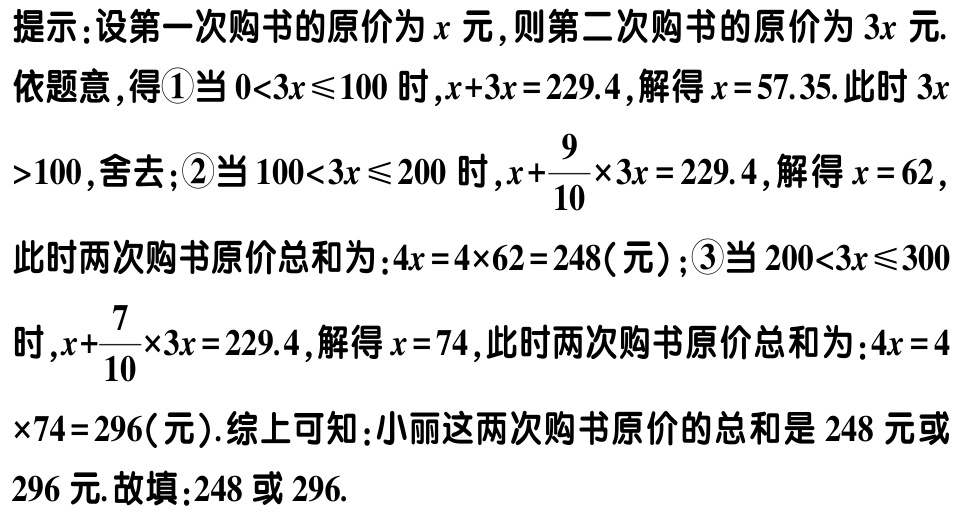
提示：设第一次购书的原价为\(x\)元，则第二次购书的原价为\(3x\)元.

依题意，得\textcircled{1}当\(0<3x\leqslant100\)时，\(x + 3x = 229.4\)，解得\(x = 57.35\). 此时\(3x>100\)，舍去；\textcircled{2}当\(100<3x\leqslant200\)时，\(x+\frac{9}{10}\times3x = 229.4\)，解得\(x = 62\)，此时两次购书原价总和为：\(4x = 4\times62 = 248\)（元）；\textcircled{3}当\(200<3x\leqslant300\)时，\(x+\frac{7}{10}\times3x = 229.4\)，解得\(x = 74\)，此时两次购书原价总和为：\(4x = 4\times74 = 296\)（元）. 综上可知：小丽这两次购书原价的总和是\(248\)元或\(296\)元. 故填：\(248\)或\(296\).